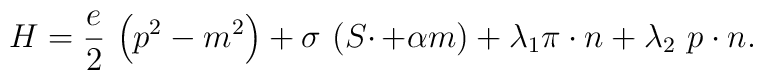
H=\frac e2\,\left( p^2-m^2\right) +\sigma \,\left( S\cdotp+\alpha m\right) +\lambda _1\pi \cdot n+\lambda _2\,\,p\cdot n.